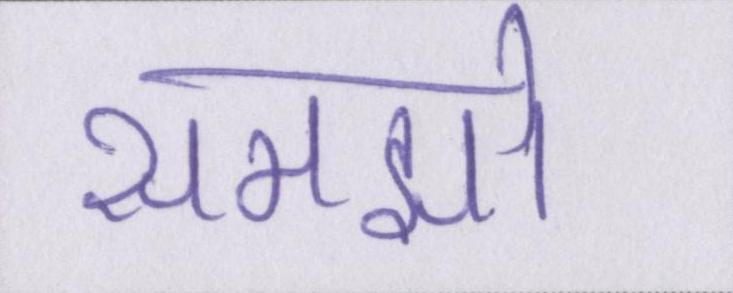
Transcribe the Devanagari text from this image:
समझो